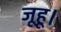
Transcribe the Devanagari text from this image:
जूहू।